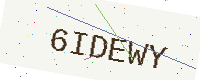
Text: 6IDEWY